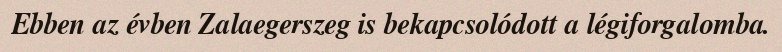
Ebben az évben Zalaegerszeg is bekapcsolódott a légiforgalomba.